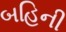
બહિની